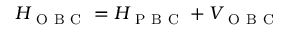
H _ { \mathrm { ~ O ~ B ~ C ~ } } = H _ { \mathrm { ~ P ~ B ~ C ~ } } + V _ { \mathrm { ~ O ~ B ~ C ~ } }